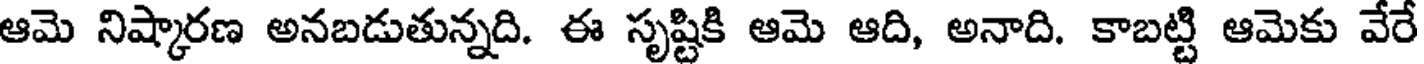
ఆమె నిష్కారణ అనబడుతున్నది. ఈ సృష్టికి ఆమె ఆది, అనాది. కాబట్టి ఆమెకు వేరే